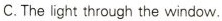
C.The light through the window.